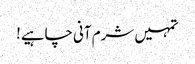
تمہیں شرم آنی چاہیے!